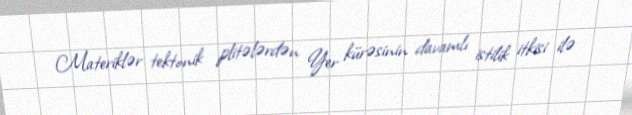
Materiklər tektonik plitələrdən Yer kürəsinin davamlı istilik itkisi ilə